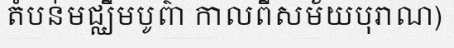
តំបន់មជ្ឈឹមបូព៌ា កាលពីសម័យបុរាណ)